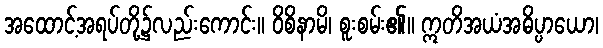
အထောင့်အရပ်တို့၌လည်းကောင်း။ ဝိစိနာမိ၊ စူးစမ်း၏။ ဣတိအယံအဓိပ္ပာယော၊